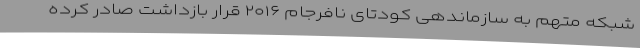
شبکه متهم به سازماندهی کودتای نافرجام ۲۰۱۶ قرار بازداشت صادر کرده